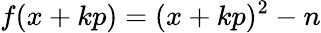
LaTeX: f(x+kp)=(x+kp)^{2}-n